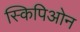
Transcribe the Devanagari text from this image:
स्किपिओन